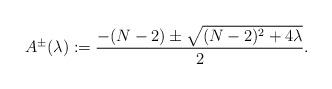
LaTeX: \begin{align*}A^\pm(\lambda):=\frac{-(N-2)\pm\sqrt{(N-2)^2+4\lambda}}{2}. \end{align*}